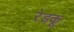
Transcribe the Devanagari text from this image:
रेडकू